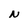
Character: N